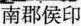
南郡侯印